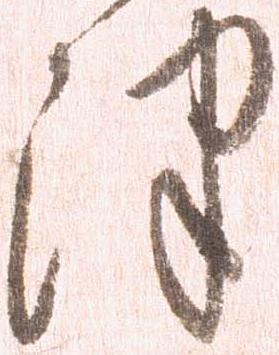
津